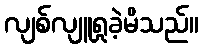
လျစ်လျူရှုခဲ့မိသည်။